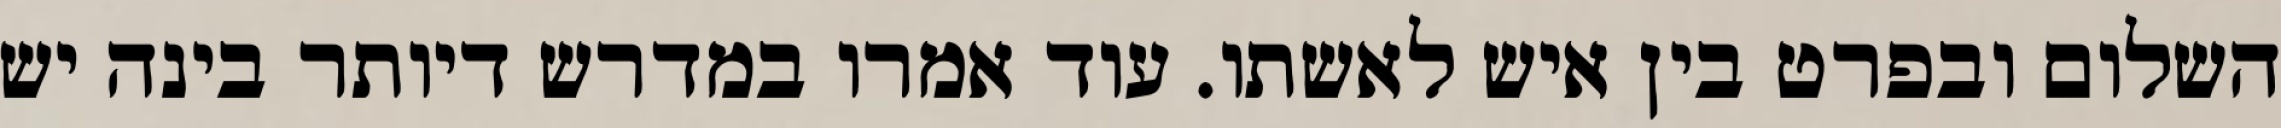
השלום ובפרט בין איש לאשתו. עוד אמרו במדרש דיותר בינה יש